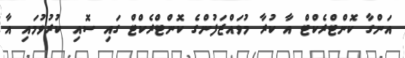
އަންގާ ކޮންޓްރެކްޓް އާ ކުރާ މުވައްޒަފުންގެ ކޮންޓްރެކްޓް ގައި ސޮއި ކުރުވުމައި އާ